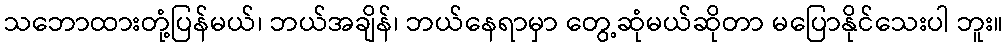
သဘောထားတုံ့ပြန်မယ်၊ ဘယ်အချိန်၊ ဘယ်နေရာမှာ တွေ့ဆုံမယ်ဆိုတာ မပြောနိုင်သေးပါ ဘူး။